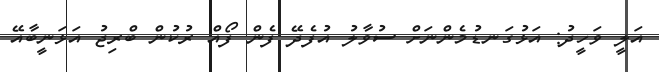
އަލީ ވަހީދު: އަޅުގަނޑުމެންނަށް ސުވާލު އުފެދޭ ފެން ފޯއް ރުކުން ބްރިޖު އަޅަނީބާއޭ